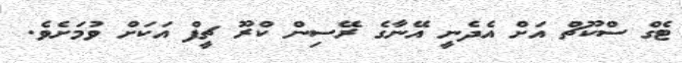
ޓެގް ސްކޫޗް އަށް އެދެނީ އޭނާގެ ރޭސިން ކްރޫ ޗީފް އަކަށް ވުމަށެވެ.